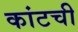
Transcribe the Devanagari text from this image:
कांटची